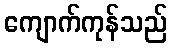
ကျောက်ကုန်သည်